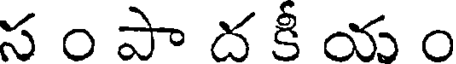
స ం పా ద కీ య ం